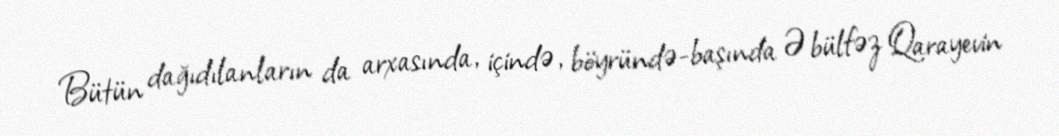
Bütün dağıdılanların da arxasında, içində, böyründə-başında Əbülfəz Qarayevin